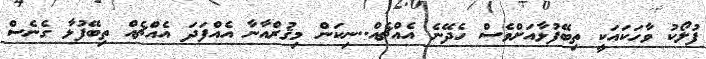
ފުލޯކު ވާހަކައަކީ ތިބޭފުޅާއަށްވެސް ހެދޭނެ އެއްޗެއް..ނިކަން މިޤުރްއާނާ އެއްފަދަ އެއްޗެއް ތިބޭފުޅާ ގެނެސް